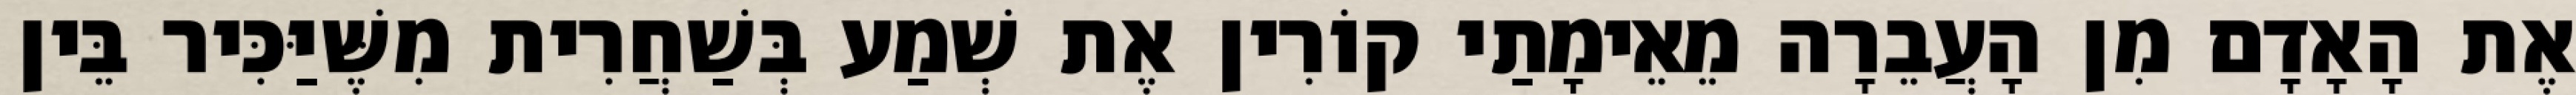
אֶת הָאָדָם מִן הָעֲבֵרָה מֵאֵימָתַי קוֹרִין אֶת שְׁמַע בְּשַׁחֲרִית מִשֶּׁיַּכִּיר בֵּין